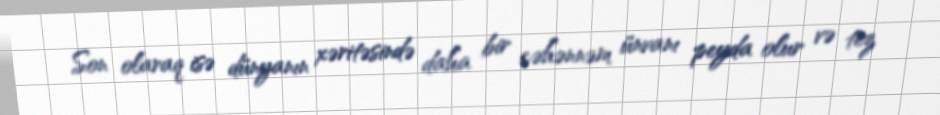
Son olaraq isə dünyanın xəritəsində daha bir cəhənnəm ünvanı peyda olur və tez